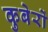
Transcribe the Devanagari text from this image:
कुबेरों